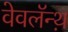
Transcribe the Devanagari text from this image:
वेवलॅन्थ़